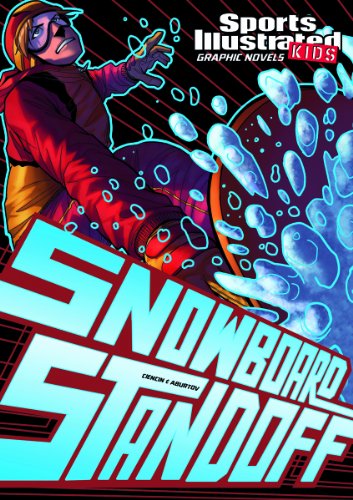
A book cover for Snowboard Standoff (Sports Illustrated Kids Graphic Novels); Scott Ciencin; Children's Books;